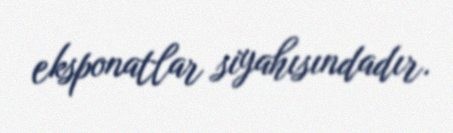
eksponatlar siyahısındadır.